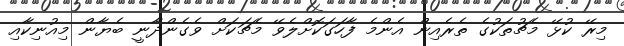
މިރޭ ކުޅޭ މެޗުތަކުގެ ތެރެއިން އެންމެ ފާހަގަކޮށްލެވޭ މެޗަކަށް ވެގެންދާނީ ބެޔާން މިއުނިކާއި